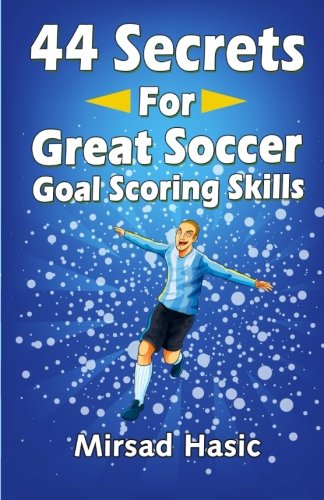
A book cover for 44 Secrets for Great Soccer Goal Scoring Skills; Mirsad Hasic; Sports & Outdoors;